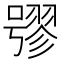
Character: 𡀒